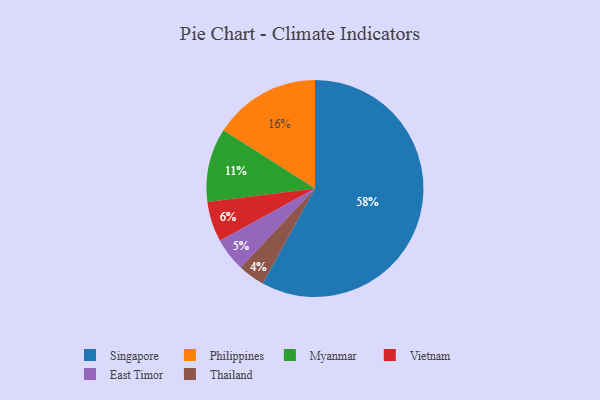
{"axis": {"x": "Category", "y": "Percentage"}, "legend": ["East Timor", "Myanmar", "Philippines", "Singapore", "Thailand", "Vietnam"], "data": [{"x": "Vietnam", "y": 6, "type": "Vietnam"}, {"x": "Thailand", "y": 4, "type": "Thailand"}, {"x": "Philippines", "y": 16, "type": "Philippines"}, {"x": "East Timor", "y": 5, "type": "East Timor"}, {"x": "Singapore", "y": 58, "type": "Singapore"}, {"x": "Myanmar", "y": 11, "type": "Myanmar"}]}